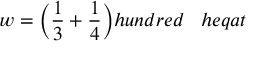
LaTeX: w = { \bigg ( } { \frac { 1 } { 3 } } + { \frac { 1 } { 4 } } { \bigg ) } h u n d r e d \; \; \; h e q a t